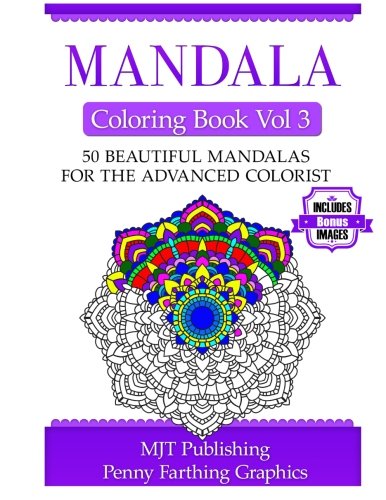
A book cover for Mandala Coloring Book Vol 3; MJT Publishing; Crafts, Hobbies & Home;